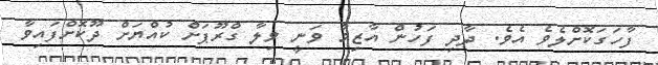
ފާހަގަކޮށްލެވެ އެވެ. ދާދި ފަހުން އާޒިމާ ވަނީ ވިލާ ގްރޫޕަށް ކުއްޔަށް ދޫކޮށްފައިވާ